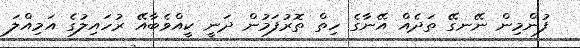
ފުންމިން ނޭނގޭ ތަދެއް އޭނާގެ ހިތް ތޮރުފަމުން ދަނީ ކީއްވެބާއޭ ރުހައިލުގެ އަމިއްލަ